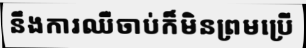
នឹងការឈឺចាប់ក៏មិនព្រមប្រើ